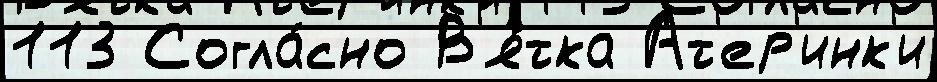
113 Согла́сно В'я́тка Ат'ер'инк'и